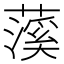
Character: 𬞥